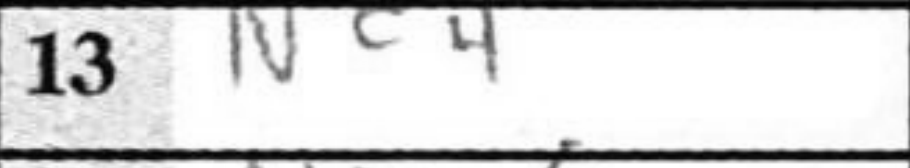
Transcription: Nd4